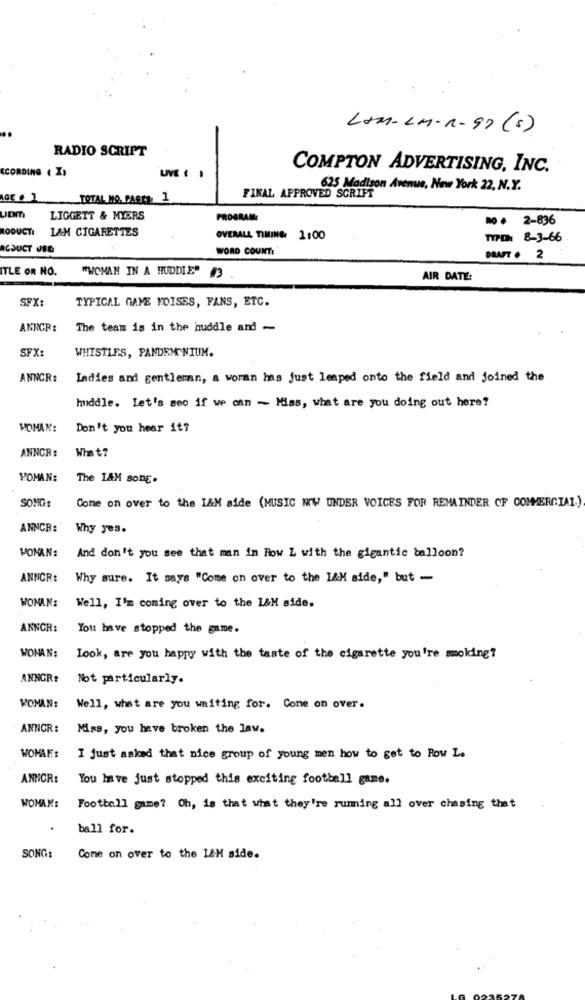
LAM - LM- R - 97 (s)
RADIO SCRIPT
CCORDING ( I)
COMPTON ADVERTISING, INC.
625 Madison Avenue, New York 22, N.Y.
AGE . 1
TOTAL MO. PARTE 1
FINAL APPROVED SCRIPT
UDm
LIGGETT & MYERS
PROGRAM
NO. 2-836
RODUCT
L&M CIGARETTES
OVERALL TIMING 1:00
TYPD 8-3-66
ACJUCT JIG
WORD COUNT:
DRAFT . 2
ITLE OR NO.
"WOMAN IN A HUDDIE" 3
AIR DATE:
SFX:
TYPICAL GAME FOISES, FANS, ETC.
ANACR:
The team is in the huddle and -
SFX:
WHISTLES, PANDEMONIUM.
ANNCR:
Ladies and gentleman, a woman has just leaped onto the field and joined the
huddle. Let's see if we can - Miss, what are you doing out here?
HOMAN:
Don't you hear it?
What?
ANNCR:
WOMAN:
The L&M song.
SONG:
Come on over to the I&M side (MUSIC NOW UNDER VOICES FOR REMAINDER OF COMMERCIAL.).
ANNCR: Why Jes.
WOMAN:
And don't you see that man in Row L with the gigantic balloon?
ANNCR: Why sure. It says "Come on over to the I&M side," but -
WOMAN: Well, I'm coming over to the L&M side.
ANNCR:
You have stopped the game.
WOMAN':
look, are you happy with the taste of the cigarette you're smoking?
ANNGR#
Not particularly.
WOMAN:
Well, what are you waiting for. Come on over.
ANNOR:
Miss, you have broken the law.
WOMAN:
I just asked that nice group of young men how to get to Row L.
ANNCR:
You have just stopped this exciting football game.
WOMAN:
Football game? Oh, is that what they're ruming all over chasing that
ball for.
SONG:
Come on over to the 1&H side.